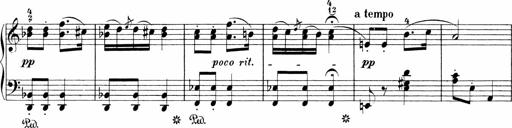
Title: Sonatinen Op.47, 98 und 136, nebst 6 Liedersonatinen
Composer: Carl Reinecke